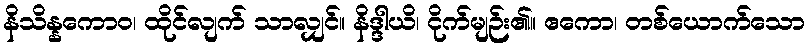
နိသိန္နကောဝ၊ ထိုင်လျက် သာလျှင်။ နိဒ္ဒါယိ၊ ငိုက်မျဉ်း၏။ ဧကော၊ တစ်ယောက်သော